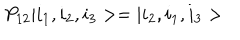
P _ { 1 2 } | i _ { 1 } , i _ { 2 } , i _ { 3 } > = | i _ { 2 } , i _ { 1 } , i _ { 3 } >